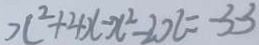
x ^ { 2 } + 4 x - x ^ { 2 } - 2 x = - 3 3